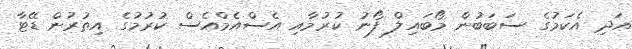
އަދި އެކަމުގެ ސަބަބުން މޯބައިލް ފޯނު ކުރުމާއި އެސްއެމްއެސް ކުރުމުގެ އިތުރުން ޑޭޓާ